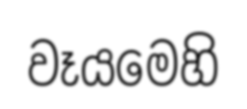
වෑයමෙහි